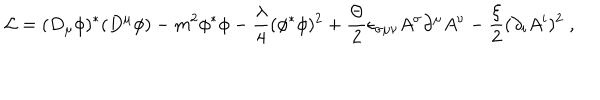
{ \cal L } = ( D _ { \mu } \phi ) ^ { * } ( D ^ { \mu } \phi ) - m ^ { 2 } \phi ^ { * } \phi - \frac \lambda 4 ( \phi ^ { * } \phi ) ^ { 2 } + \frac \Theta 2 \epsilon _ { \sigma \mu \nu } A ^ { \sigma } \partial ^ { \mu } A ^ { \nu } - \frac \xi 2 ( \partial _ { i } A ^ { i } ) ^ { 2 } \; ,